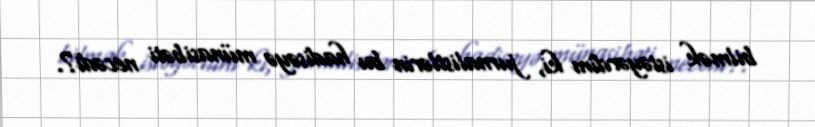
bilmək istəyərdim ki, jurnalistlərin bu hadisəyə münasibəti necədi?.